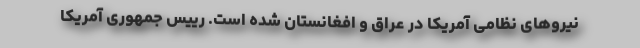
نیروهای نظامی آمریکا در عراق و افغانستان شده است. رییس جمهوری آمریکا